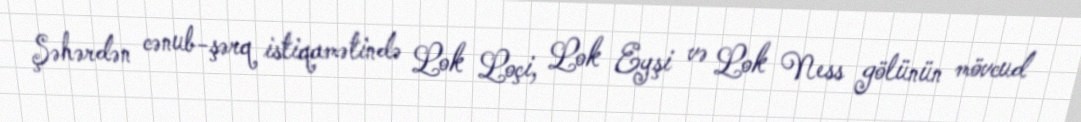
Şəhərdən cənub-şərq istiqamətində Lok Loçi, Lok Eyşi və Lok Ness gölünün mövcud